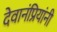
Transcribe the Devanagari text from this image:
देवानंप्रियांनी